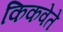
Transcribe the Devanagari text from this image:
किकवेते